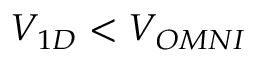
V _ { 1 D } < V _ { O M N I }